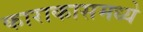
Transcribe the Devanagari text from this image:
काराकासमध्ये